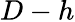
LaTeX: D-h